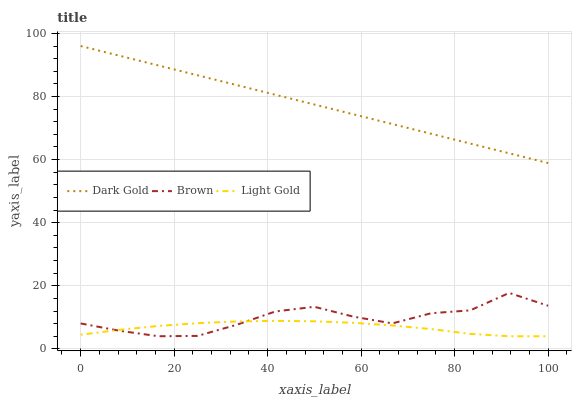
| xaxis_label | Dark Gold | Brown | Light Gold |
 | --- | --- | --- | --- |
 | 0 | 96 | 8.06 | 4.48 |
 | 8.33 | 92.9 | 5.72 | 6.04 |
 | 16.7 | 89.8 | 4 | 7.27 |
 | 25 | 86.7 | 4.11 | 8.15 |
 | 33.3 | 83.6 | 7.61 | 8.69 |
 | 41.7 | 80.5 | 11.9 | 8.89 |
 | 50 | 77.5 | 13.3 | 8.74 |
 | 58.3 | 74.4 | 10.2 | 8.26 |
 | 66.7 | 71.3 | 8.07 | 7.43 |
 | 75 | 68.2 | 11.3 | 6.26 |
 | 83.3 | 65.1 | 12.2 | 4.75 |
 | 91.7 | 62 | 17.7 | 4 |
 | 100 | 58.9 | 13.7 | 4 |